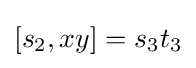
[s_{2},xy]=s_{3}t_{3}